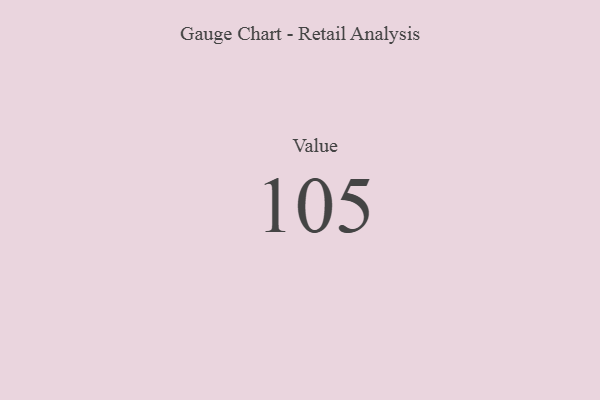
{"axis": {"x": "Metric", "y": "Value"}, "legend": [""], "data": [{"x": "Value", "y": 105, "type": ""}]}